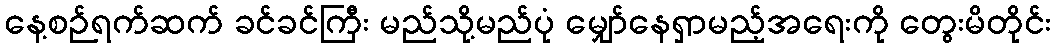
နေ့စဉ်ရက်ဆက် ခင်ခင်ကြီး မည်သို့မည်ပုံ မျှော်နေရှာမည့်အရေးကို တွေးမိတိုင်း